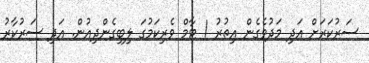
ސަރުކަރަށް އަދި މަދުވެގެން އިތުރު 1 ޓާމް ވެރިކަމުގަ ލިބިގެންދިއުން. އަދި ސަރުކާރު